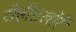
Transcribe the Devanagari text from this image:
रोहीडखोरे